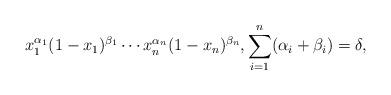
LaTeX: \begin{align*}x_1^{\alpha_1}(1-x_1)^{\beta_1} \cdots x_n^{\alpha_n}(1-x_n)^{\beta_n}, \sum_{i = 1}^n (\alpha_i + \beta_i) = \delta,\end{align*}